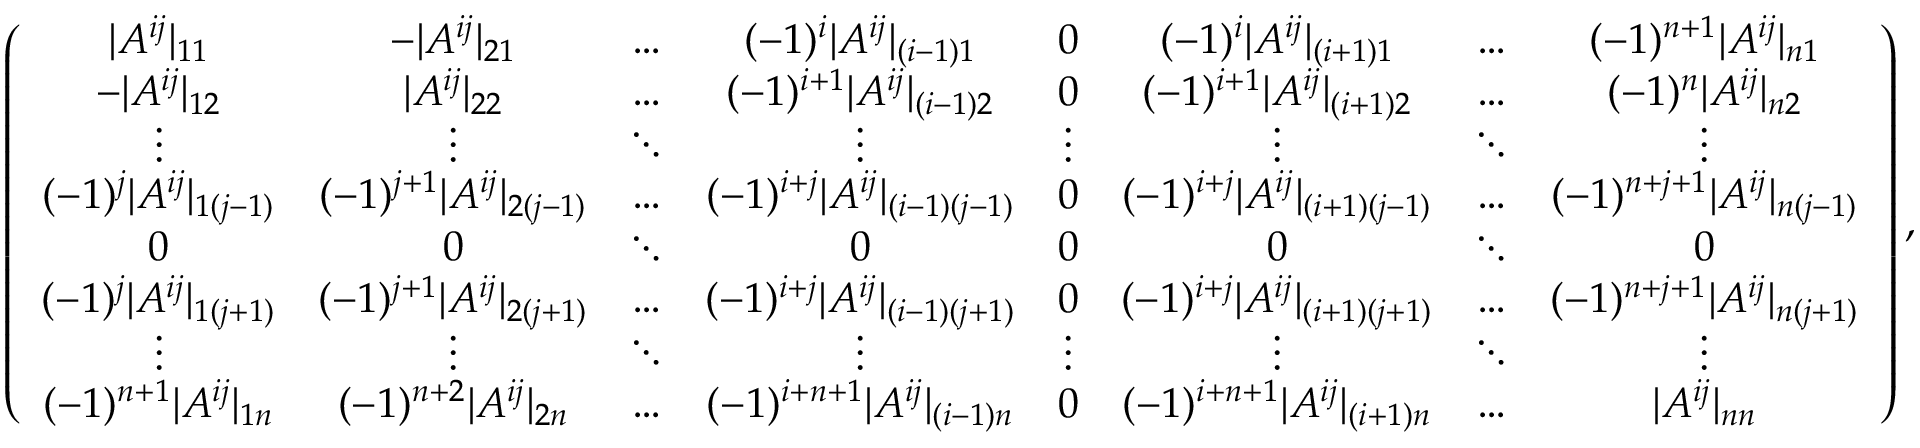
\begin{array} { r } { \left( \begin{array} { c c c c c c c c } { | A ^ { i j } | _ { 1 1 } } & { - | A ^ { i j } | _ { 2 1 } } & { \hdots } & { ( - 1 ) ^ { i } | A ^ { i j } | _ { ( i - 1 ) 1 } } & { 0 } & { ( - 1 ) ^ { i } | A ^ { i j } | _ { ( i + 1 ) 1 } } & { \hdots } & { ( - 1 ) ^ { n + 1 } | A ^ { i j } | _ { n 1 } } \\ { - | A ^ { i j } | _ { 1 2 } } & { | A ^ { i j } | _ { 2 2 } } & { \hdots } & { ( - 1 ) ^ { i + 1 } | A ^ { i j } | _ { ( i - 1 ) 2 } } & { 0 } & { ( - 1 ) ^ { i + 1 } | A ^ { i j } | _ { ( i + 1 ) 2 } } & { \hdots } & { ( - 1 ) ^ { n } | A ^ { i j } | _ { n 2 } } \\ { \vdots } & { \vdots } & { \ddots } & { \vdots } & { \vdots } & { \vdots } & { \ddots } & { \vdots } \\ { ( - 1 ) ^ { j } | A ^ { i j } | _ { 1 ( j - 1 ) } } & { ( - 1 ) ^ { j + 1 } | A ^ { i j } | _ { 2 ( j - 1 ) } } & { \hdots } & { ( - 1 ) ^ { i + j } | A ^ { i j } | _ { ( i - 1 ) ( j - 1 ) } } & { 0 } & { ( - 1 ) ^ { i + j } | A ^ { i j } | _ { ( i + 1 ) ( j - 1 ) } } & { \hdots } & { ( - 1 ) ^ { n + j + 1 } | A ^ { i j } | _ { n ( j - 1 ) } } \\ { 0 } & { 0 } & { \ddots } & { 0 } & { 0 } & { 0 } & { \ddots } & { 0 } \\ { ( - 1 ) ^ { j } | A ^ { i j } | _ { 1 ( j + 1 ) } } & { ( - 1 ) ^ { j + 1 } | A ^ { i j } | _ { 2 ( j + 1 ) } } & { \hdots } & { ( - 1 ) ^ { i + j } | A ^ { i j } | _ { ( i - 1 ) ( j + 1 ) } } & { 0 } & { ( - 1 ) ^ { i + j } | A ^ { i j } | _ { ( i + 1 ) ( j + 1 ) } } & { \hdots } & { ( - 1 ) ^ { n + j + 1 } | A ^ { i j } | _ { n ( j + 1 ) } } \\ { \vdots } & { \vdots } & { \ddots } & { \vdots } & { \vdots } & { \vdots } & { \ddots } & { \vdots } \\ { ( - 1 ) ^ { n + 1 } | A ^ { i j } | _ { 1 n } } & { ( - 1 ) ^ { n + 2 } | A ^ { i j } | _ { 2 n } } & { \hdots } & { ( - 1 ) ^ { i + n + 1 } | A ^ { i j } | _ { ( i - 1 ) n } } & { 0 } & { ( - 1 ) ^ { i + n + 1 } | A ^ { i j } | _ { ( i + 1 ) n } } & { \hdots } & { | A ^ { i j } | _ { n n } } \end{array} \right) , } \end{array}